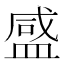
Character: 𬐨